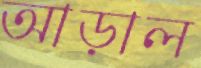
আড়াল